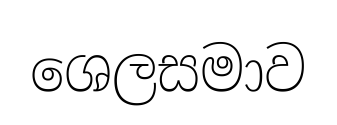
ශෙලසමාව